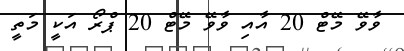
ވާވޭ މޭޓް 20 އާއި ވާވޭ މޭޓް 20 ޕްރޯ އަކީ މަތީ